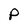
Character: p